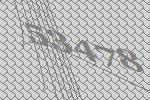
53478